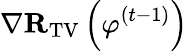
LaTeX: \nabla\mathbf{R}_{\mathrm{TV}}\left({\varphi}^{(t-1)}\right)